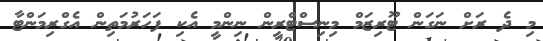
މި ދެ ރަށް ނަގަން ޓޫރިޒަމް މިނިސްޓްރީން ނިންމީ އެކި ފަހަރުމަތިން އެގްރިމަންޓާ